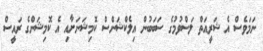
ނަމަވެސް އެ ޝަރީއަތް ލަސްވުމުގެ ސަބަބުން އިލެކްޝަންސް ކޮމިޝަނަށާއި އެ ކޮމިޝަންގެ ރައީސް